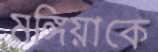
মঙ্গিয়াকে